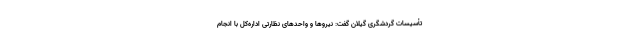
تأسیسات گردشگری گیلان گفت: نیروها و واحدهای نظارتی اداره‌کل با انجام